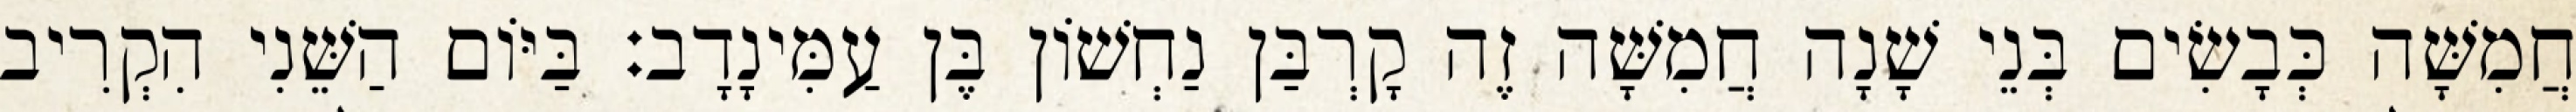
חֲמִשָּׁה כְּבָשִׂים בְּנֵי שָׁנָה חֲמִשָּׁה זֶה קָרְבַּן נַחְשׁוֹן בֶּן עַמִּינָדָב׃ בַּיּוֹם הַשֵּׁנִי הִקְרִיב